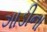
ગાડીના